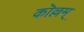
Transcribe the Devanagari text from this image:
कॊल्लम्